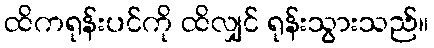
ထိကရုန်းပင်ကို ထိလျှင် ရုန်းသွားသည်။